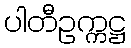
ပါတီဥက္ကဋ္ဌ